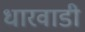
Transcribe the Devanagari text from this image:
धारवाडी